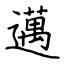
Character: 邁